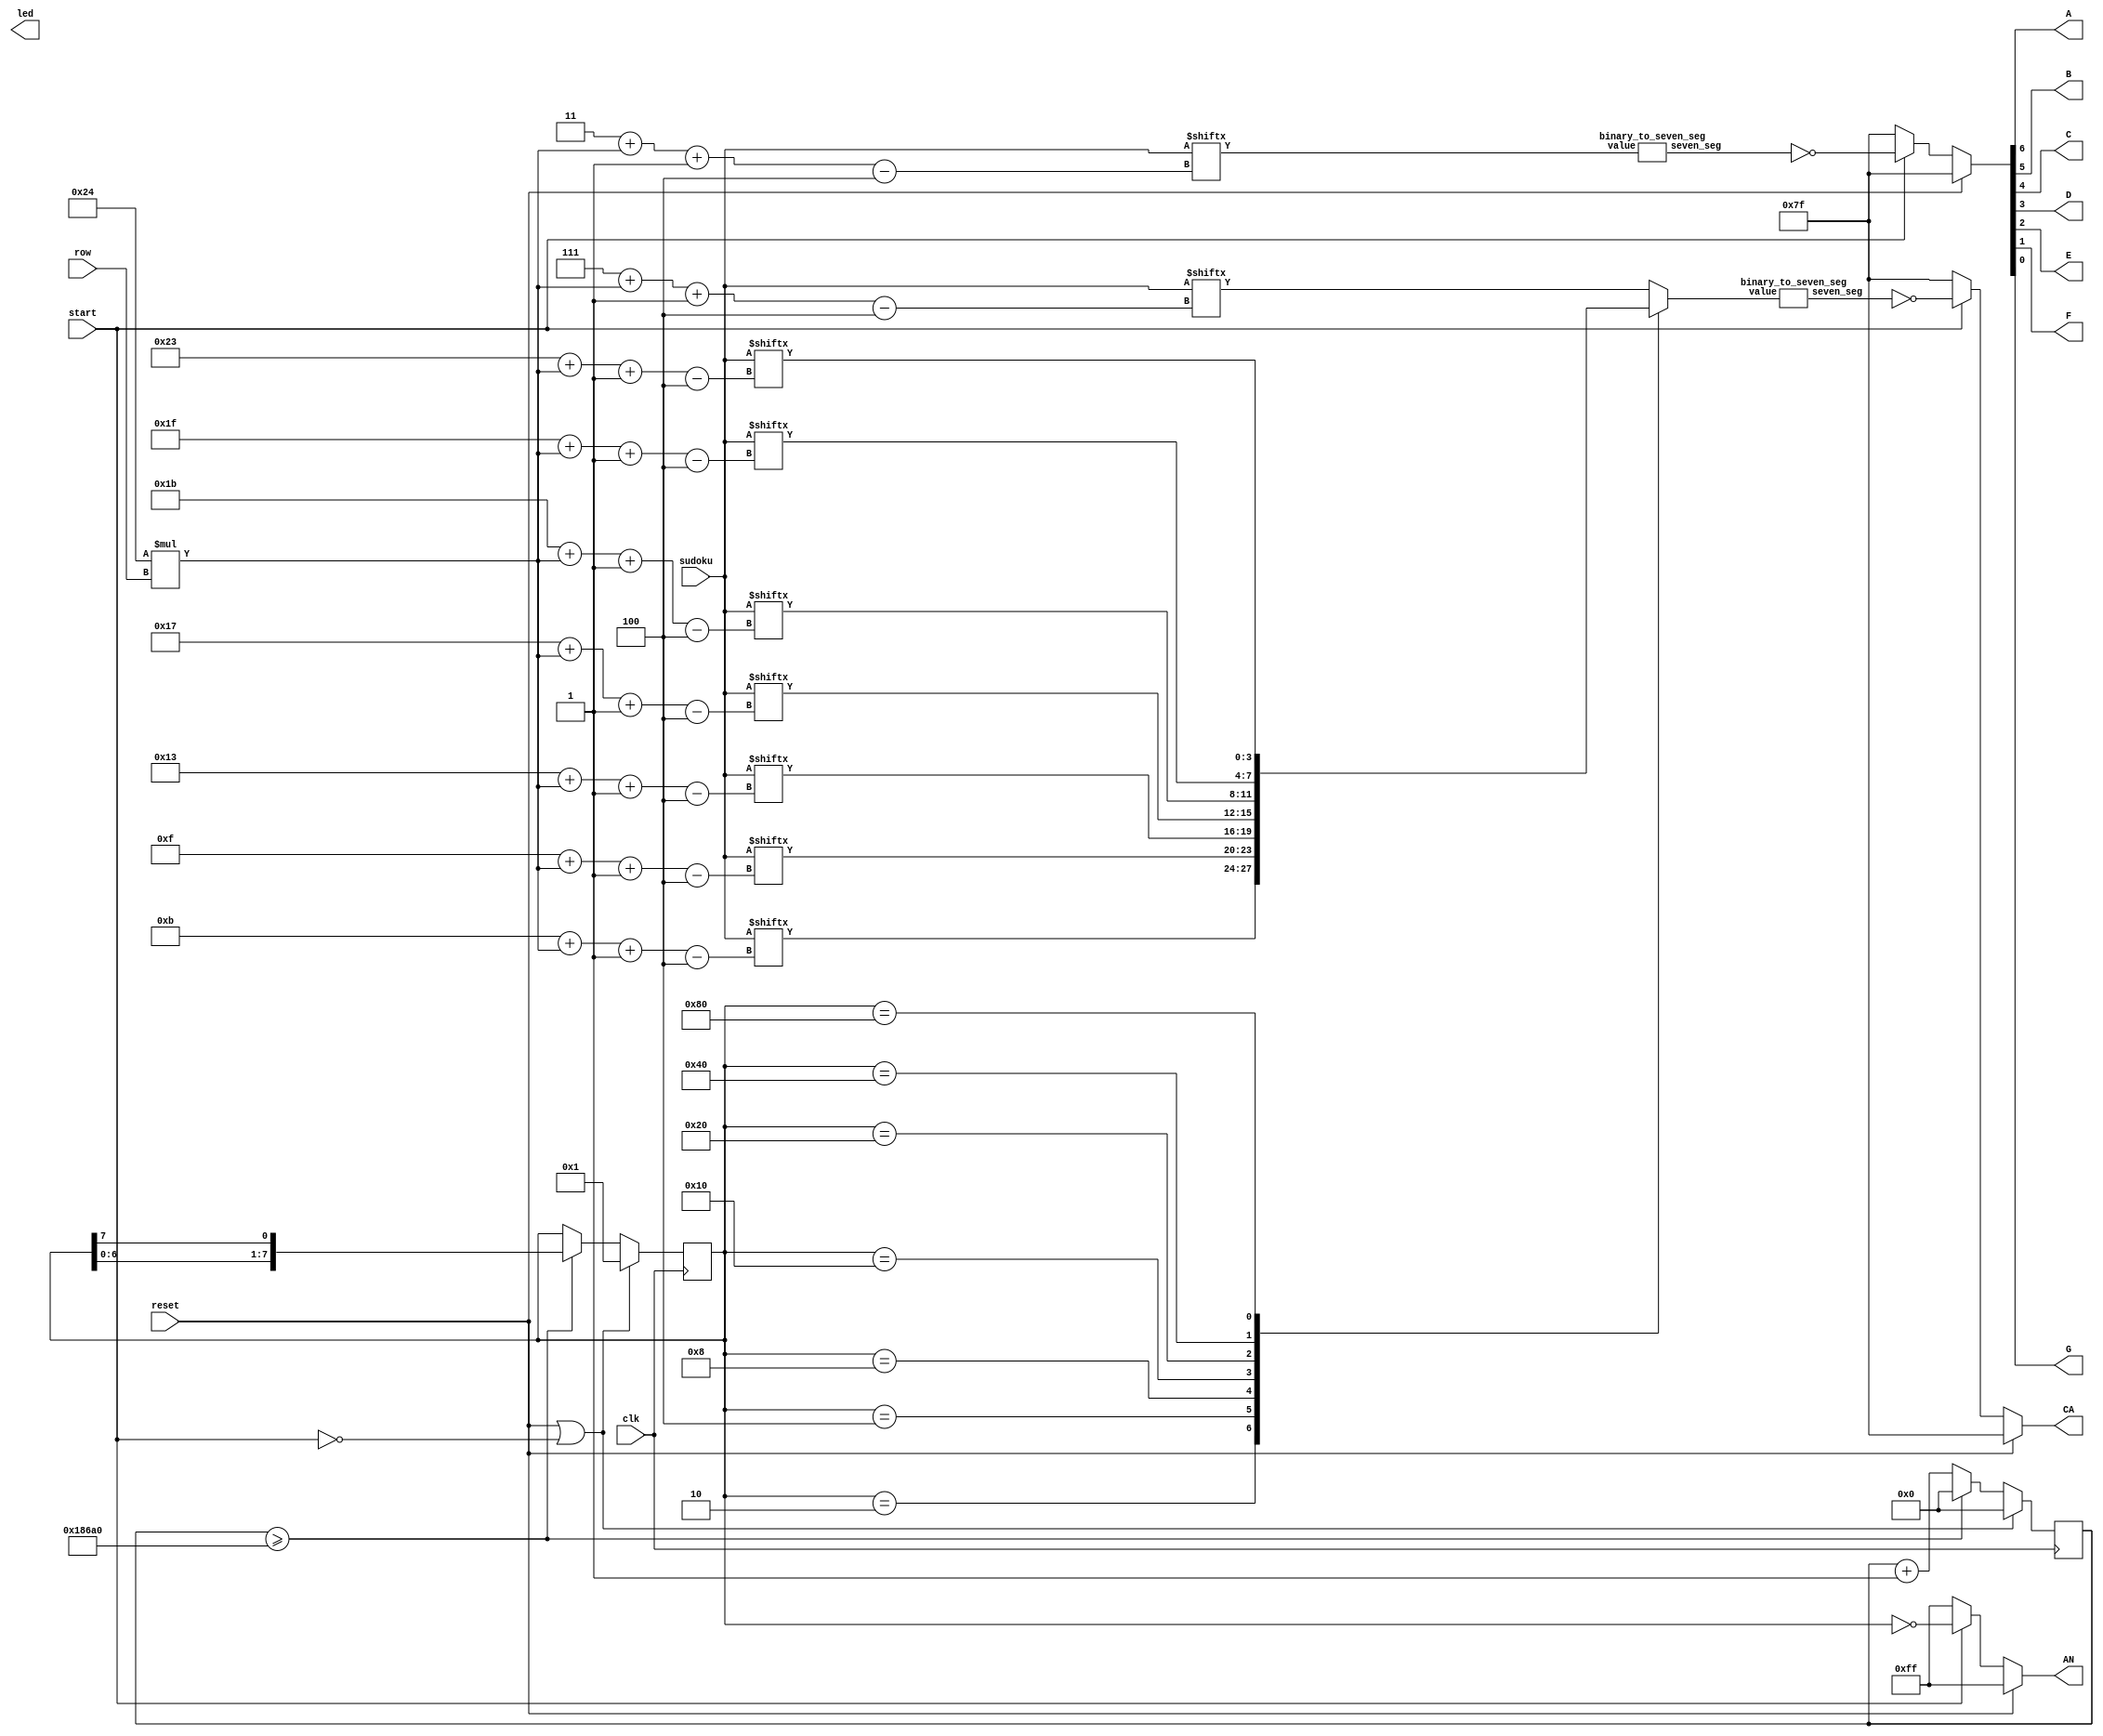
`timescale 1ns / 1ps
//////////////////////////////////////////////////////////////////////////////////
// Company: 
// Engineer: 
// 
// Design Name: 
// Module Name: seven_seg
// Project Name: 
// Target Devices: 
// Tool Versions: 
// Description: 
// 
// Dependencies: 
// 
// Revision:
// Revision 0.01 - File Created
// Additional Comments:
// 
//////////////////////////////////////////////////////////////////////////////////


module seven_seg(
input clk, reset,start, 
input [3:0] row,
input [323:0] sudoku,
output  [6:0] CA, 
output  [7:0] AN,
output  A, B, C, D, E, F,G,
output reg [9:1] led
);

reg [7:0] segment_state;
wire [6:0] cathode_out; 
reg [3:0] value;


assign AN = reset?(8'b1111_1111) : (start?  ~segment_state : 8'b1111_1111);
assign CA = reset? (7'b1111_111) : (start? ~cathode_out : 7'b1111_111); //(~reset || start) ? cathode_out : 7'b1111_111;


//wire [323:0] sudoku = 324'h00195706_3_00080607_0_76913080_5_00726135_0_31249578_6_05637800_0_10860950_7_09071060_8_6_74583000;
wire [6:0] nineth_digit;
binary_to_seven_seg S(sudoku[(3 + 36*row)-:4], nineth_digit);

assign {A, B, C ,D, E, F, G} = reset ? 7'b1111_111 : (start ? ~nineth_digit : 7'b1111_111);

/*always @(posedge clk)
    begin
    if(start == 0)
        led = 9'b0000_00000;
     else
        begin
        case(sudoku[(3 + 36*row)-:4])
        4'd1 : led = 9'b0000_00001;
        4'd2 : led = 9'b0000_00010;
        4'd3 : led = 9'b0000_00100;
        4'd4 : led = 9'b0000_01000;
        4'd5 : led = 9'b0000_10000;
        4'd6 : led = 9'b0001_00000;
        4'd7 : led = 9'b0010_00000;
        4'd8 : led = 9'b0100_00000;
        4'd9 : led = 9'b1000_00000;
        default : led = 9'b0000_00000;
        4'd1 : {A, B, C, D, E, F, G} <= 7'b1001111; //bc
        4'd2 : {A, B, C, D, E, F, G} <= 7'b       //abged
        4'd3 :  {A, B, C, D, E, F, G}     //abgcd
        4'd4 :  {A, B, C, D, E, F, G}   //fgbc
        4'd5 :  {A, B, C, D, E, F, G}  //afgcd
        4'd6 :  {A, B, C, D, E, F, G}  //afedcg
        4'd7 :  {A, B, C, D, E, F, G}  //abc
        4'd8 :  {A, B, C, D, E, F, G}  //abcdefg
        4'd9
        endcase
        end
    end*/
 always @(*)
 begin
    case(segment_state)
            8'b0000_0001:   value = sudoku[(7 + 36*row)-:4];
            8'b0000_0010:   value = sudoku[(11 + 36*row)-:4];
            8'b0000_0100:   value = sudoku[(15 + 36*row)-:4];
            8'b0000_1000:   value = sudoku[(19 + 36*row)-:4];
            8'b0001_0000:   value = sudoku[(23 + 36*row)-:4];
            8'b0010_0000:   value = sudoku[(27 + 36*row)-:4];
            8'b0100_0000:   value = sudoku[(31 + 36*row)-:4];
            8'b1000_0000:   value = sudoku[(35 + 36*row)-:4];
            default:        value = sudoku[(7 + 36*row)-:4];       
        endcase
 end
 
binary_to_seven_seg M(value, cathode_out);

reg[19:0] count; 
 
 always @(posedge clk)
 begin
    if(reset == 1 || start == 0)
        begin segment_state <= 8'b0000_0001; count <= 0; end
    else
        if(count >= 20'h186A0) begin segment_state <= {segment_state[6:0] , segment_state[7]}; count <= 0; end
        else begin segment_state <= segment_state; count <= count + 1; end
 end
 endmodule
 

 
 module binary_to_seven_seg(
 input [3:0] value,
 output reg [6:0] seven_seg
 );
 
 always @(*)
    begin
        case(value)
            4'd0 : seven_seg = 7'b1111_110;      //abcdef
            4'd1 : seven_seg = 7'b0110_000;     //bc
            4'd2 : seven_seg = 7'b1101_101;     //abged
            4'd3 : seven_seg = 7'b1111_001;     //abgcd
            4'd4 : seven_seg = 7'b0110_011;     //fgbc
            4'd5 : seven_seg = 7'b1011_011;    //afgcd
            4'd6 : seven_seg = 7'b1011_111;    //afedcg
            4'd7 : seven_seg = 7'b1110_000;    //abc
            4'd8 : seven_seg = 7'b1111_111;    //abcdefg
            4'd9 : seven_seg = 7'b1111_011;    //abcdfg
            default : seven_seg = 7'b0000_000;
          endcase
    end
 
 endmodule